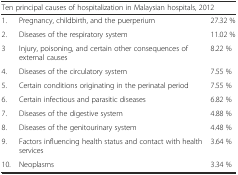
<table><thead><tr><td colspan="3"><b>Ten principal causes of hospitalization in Malaysian hospitals, 2012</b></td></tr></thead><tbody><tr><td>1.</td><td>Pregnancy, childbirth, and the puerperium</td><td>27.32 %</td></tr><tr><td>2.</td><td>Diseases of the respiratory system</td><td>11.02 %</td></tr><tr><td>3</td><td>Injury, poisoning, and certain other consequences of external causes</td><td>8.22 %</td></tr><tr><td>4.</td><td>Diseases of the circulatory system</td><td>7.55 %</td></tr><tr><td>5.</td><td>Certain conditions originating in the perinatal period</td><td>7.55 %</td></tr><tr><td>6.</td><td>Certain infectious and parasitic diseases</td><td>6.82 %</td></tr><tr><td>7.</td><td>Diseases of the digestive system</td><td>4.88 %</td></tr><tr><td>8.</td><td>Diseases of the genitourinary system</td><td>4.48 %</td></tr><tr><td>9.</td><td>Factors influencing health status and contact with health services</td><td>3.64 %</td></tr><tr><td>10.</td><td>Neoplasms</td><td>3.34 %</td></tr></tbody></table>